Civil Veterinary Department. United Provinces 1912-22 - 1912-1922
Year: 1912
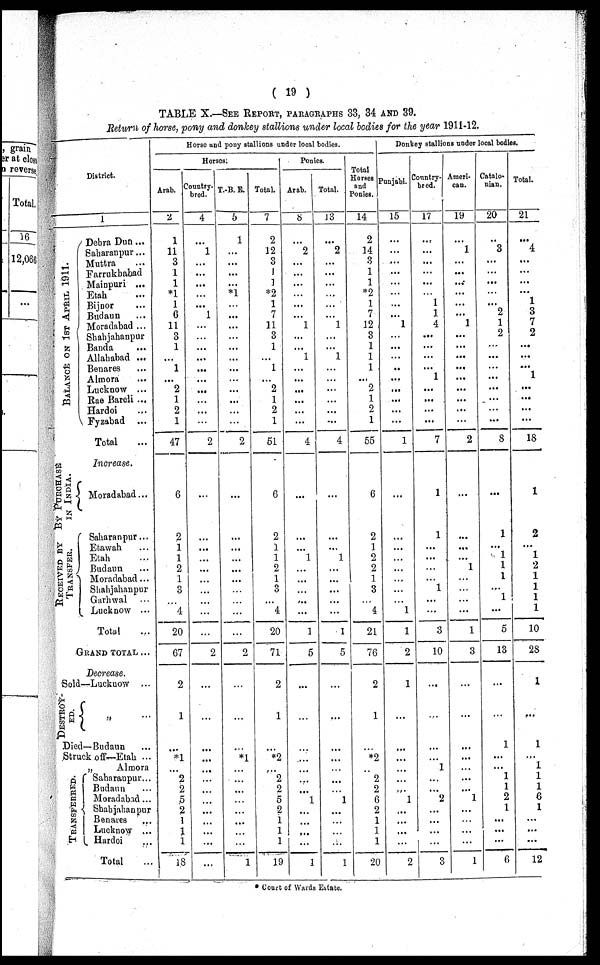
(
19
)
T A B L E X.—SEE REPORT,
PARAGRAPHS
33, 3 4 AND 39.
Return
of horse,
pony
and donkey
stallions
under
local
bodies
for the year
1911-12.
District.
BALANCE ON 1ST APRIL 1911.
BY PURCHASE
IN INDIA.
RECEIVED BY
TRANSFER.
1
Dehra D u n ...
Saharanpur ...
Muttra ...
Farrukhabad
Mainpuri
...
Etah ...
Bijnor ...
Budaun ...
Moradabad ...
Shahjahanpur
Banda ...
Allahabad ...
Benares ...
Almora ...
Lucknow
...
Rae Bareli ...
Hardoi ...
Fyzabad ...
Total ...
Increase.
Moradabad ...
Saharanpur ...
Etawah ...
Etah ...
Budaun ...
Moradabad ...
Shahjahanpur
Garhwal ...
Lucknow
...
Total ...
GRAND
TOTAL
...
Decrease.
Sold—Lucknow ...
DESTROY-
ED.
„ ...
Died— Budaun ...
Struck off—Etah ...
„
Almora
TRANSFERRED.
Saharanpur...
Budaun ...
Moradabad ...
Shahjahanpur
Benares ...
Lucknow
...
Hardoi ...
Total ...
Horse and pony stallions under local bodies.
Horses.
Arab.
2
1
11
3
1
1
*1
1
6
11
3
1
...
1
...
2
1
2
1
47
6
2
1
1
2
1
3
...
4
20
67
2
1
...
*1
...
2
2
5
2
1
1
1
18
Country-
bred.
4
...
1
...
...
...
...
1
...
...
...
...
...
...
...
...
...
...
2
...
...
...
...
...
...
...
...
...
...
2
...
...
...
...
...
...
...
...
...
...
...
...
...
T. B. E.
5
1
...
...
...
...
*1
...
...
...
...
...
...
...
...
...
...
2
...
...
...
...
...
...
2
...
...
*1
...
...
...
...
...
...
...
...
1
Total.
7
2
12
3
1
1
*2
1
7
11
3
1
1
...
2
1
2
1
51
6
2
1
1
2
1
3
...
4
20
71
2
1
...
*2
...
2
2
5
2
1
1
1
19
Ponies.
Arab.
8
...
2
...
...
...
...
...
...
1
...
...
1
...
...
...
...
...
...
4
...
...
...
1
...
...
...
...
...
1
5
...
...
...
...
...
...
...
1
...
...
...
...
1
Total.
13
...
2
...
...
...
...
...
...
1
...
...
1
...
...
...
...
...
...
4
...
...
...
1
...
...
...
...
...
1
5
...
...
...
...
...
...
...
1
...
...
...
...
1
Total
Horses
and
Ponies.
14
2
14
3
1
1
*2
1
7
12
3
1
1
1
...
2
1
2
1
55
6
2
1
2
2
1
3
4
21
76
2
1
...
*2
...
2
2
6
2
1
1
1
20
Donkey stallions under local bodies.
Punjabi.
15
...
...
...
...
...
...
...
1
...
...
..
...
...
...
...
...
1
...
...
...
...
...
...
1
1
2
1
...
...
...
1
...
...
...
...
2
Country-
bred.
17
...
...
...
...
...
...
1
1
4
...
...
...
...
1
...
...
...
...
7
1
1
...
...
...
1
...
3
10
...
...
...
...
1
...
...
2
...
...
...
...
3
Ameri-
can.
19
...
1
...
...
...
...
...
...
1
...
...
...
...
...
...
...
...
...
2
...
...
...
...
1
...
...
...
1
3
...
...
...
...
...
...
...
...
1
...
...
...
...
1
Catalo-
nian.
20
...
3
...
...
...
...
2
1
2
...
...
...
...
...
...
...
8
...
1
...
1
1
1
...
1
...
5
13
...
...
1
...
...
1
1
2
1
...
...
...
6
Total.
21
...
4
...
...
...
...
1
3
7
2
...
...
...
1
...
...
...
...
18
1
2
...
1
2
1
1
1
1
10
28
1
...
...
1
...
1
1
1
6
1
...
...
...
12
* Court of Wards Estate.